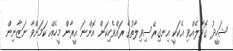
ޝަހީދު ގޮވާލެއްވި އެކަކީ އިނގިރޭސިވިލާތުގެ ރައްވެހިކަން އޮންނަ އީރާން މީހެއް ކަމަށްވާ ނަޒާނިން